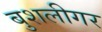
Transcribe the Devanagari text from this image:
बुशलीगर